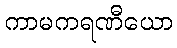
ကာမကရဏီယော